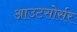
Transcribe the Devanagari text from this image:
आउटसोर्सर